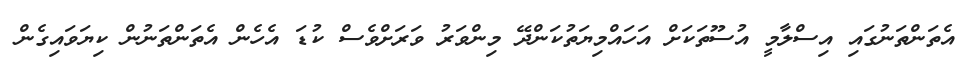
އެތަންތަނުގައި އިސްލާމީ އުސޫތަކަށް އަހައްމިޔަތުކަންދޭ މިންވަރު ވަރަށްވެސް ކުޑަ އެހެން އެތަންތަނުން ކިޔަވައިގެން